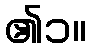
၏၁။